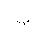
Letter: _ba